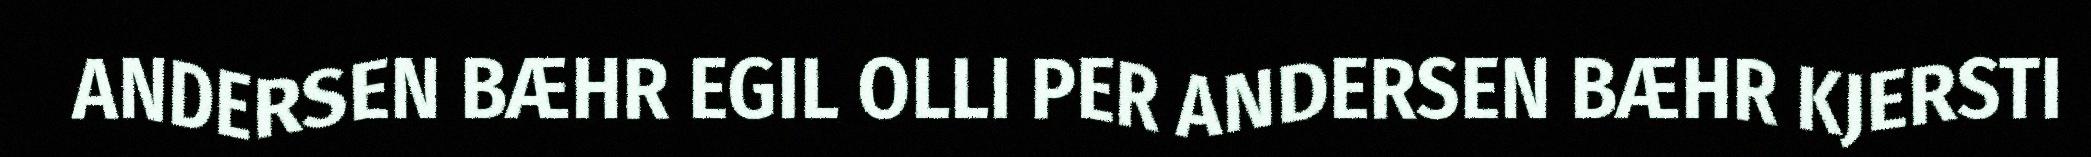
ANDERSEN BÆHR EGIL OLLI PER ANDERSEN BÆHR KJERSTI